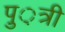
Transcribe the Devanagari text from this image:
पु़़त्री